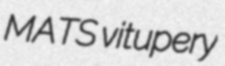
MATS vitupery